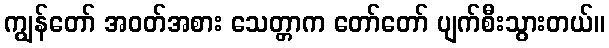
ကျွန်တော် အဝတ်အစား သေတ္တာက တော်တော် ပျက်စီးသွားတယ်။